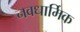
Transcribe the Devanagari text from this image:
नवधार्मिक